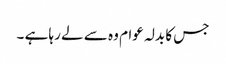
جس کا بدلہ عوام وہ سے لے رہا ہے ۔